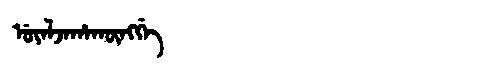
Manchu: ᡠᠶᠠᠯᠵᠠᡥᠠᡴᡡᠩᡤᡝ
Romanization: UYALJAHAKŪNGGE